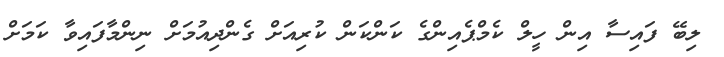
ލިބޭ ފައިސާ އިން ހީލް ކެމްޕެއިންގެ ކަންކަން ކުރިއަށް ގެންދިއުމަށް ނިންމާފައިވާ ކަމަށް